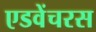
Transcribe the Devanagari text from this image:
एडवेंचरस